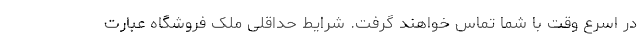
در اسرع وقت با شما تماس خواهند گرفت. شرایط حداقلی ملک فروشگاه عبارت